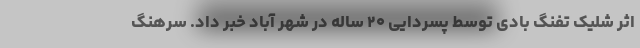
اثر شلیک تفنگ بادی توسط پسردایی ۲۰ ساله در شهر آباد خبر داد. سرهنگ